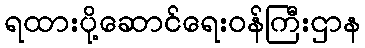
ရထားပို့ဆောင်ရေးဝန်ကြီးဌာန